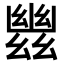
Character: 𢇑